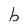
Character: b